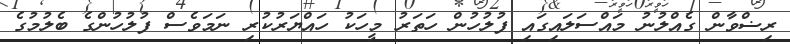
ރިޟްވާން ގެއްލުނު މައްސަލައިގައި ފުލުހުން ހަތަރު މީހަކު ހައްޔަރުކުރި ނަމަވެސް ފުލުހުންގެ ބެލުމުގެ